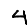
Digit: 4